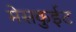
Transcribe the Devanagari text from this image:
मेसकुईट